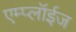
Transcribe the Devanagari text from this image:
एम्प्लॉईज